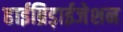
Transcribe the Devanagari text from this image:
हाईब्रिड़ाईजेशन